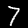
Digit: 7